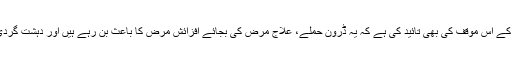
ایمرسن نے اس رپورٹ میں پاکستان کے اس موقف کی بھی تائید کی ہے کہ یہ ڈرون حملے، علاجِ مرض کی بجائے افزائشِ مرض کا باعث بن رہے ہیں اور دہشت گردی، کم ہونے کی بجائے بڑھ رہی ہے۔